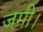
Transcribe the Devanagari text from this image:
जमी।